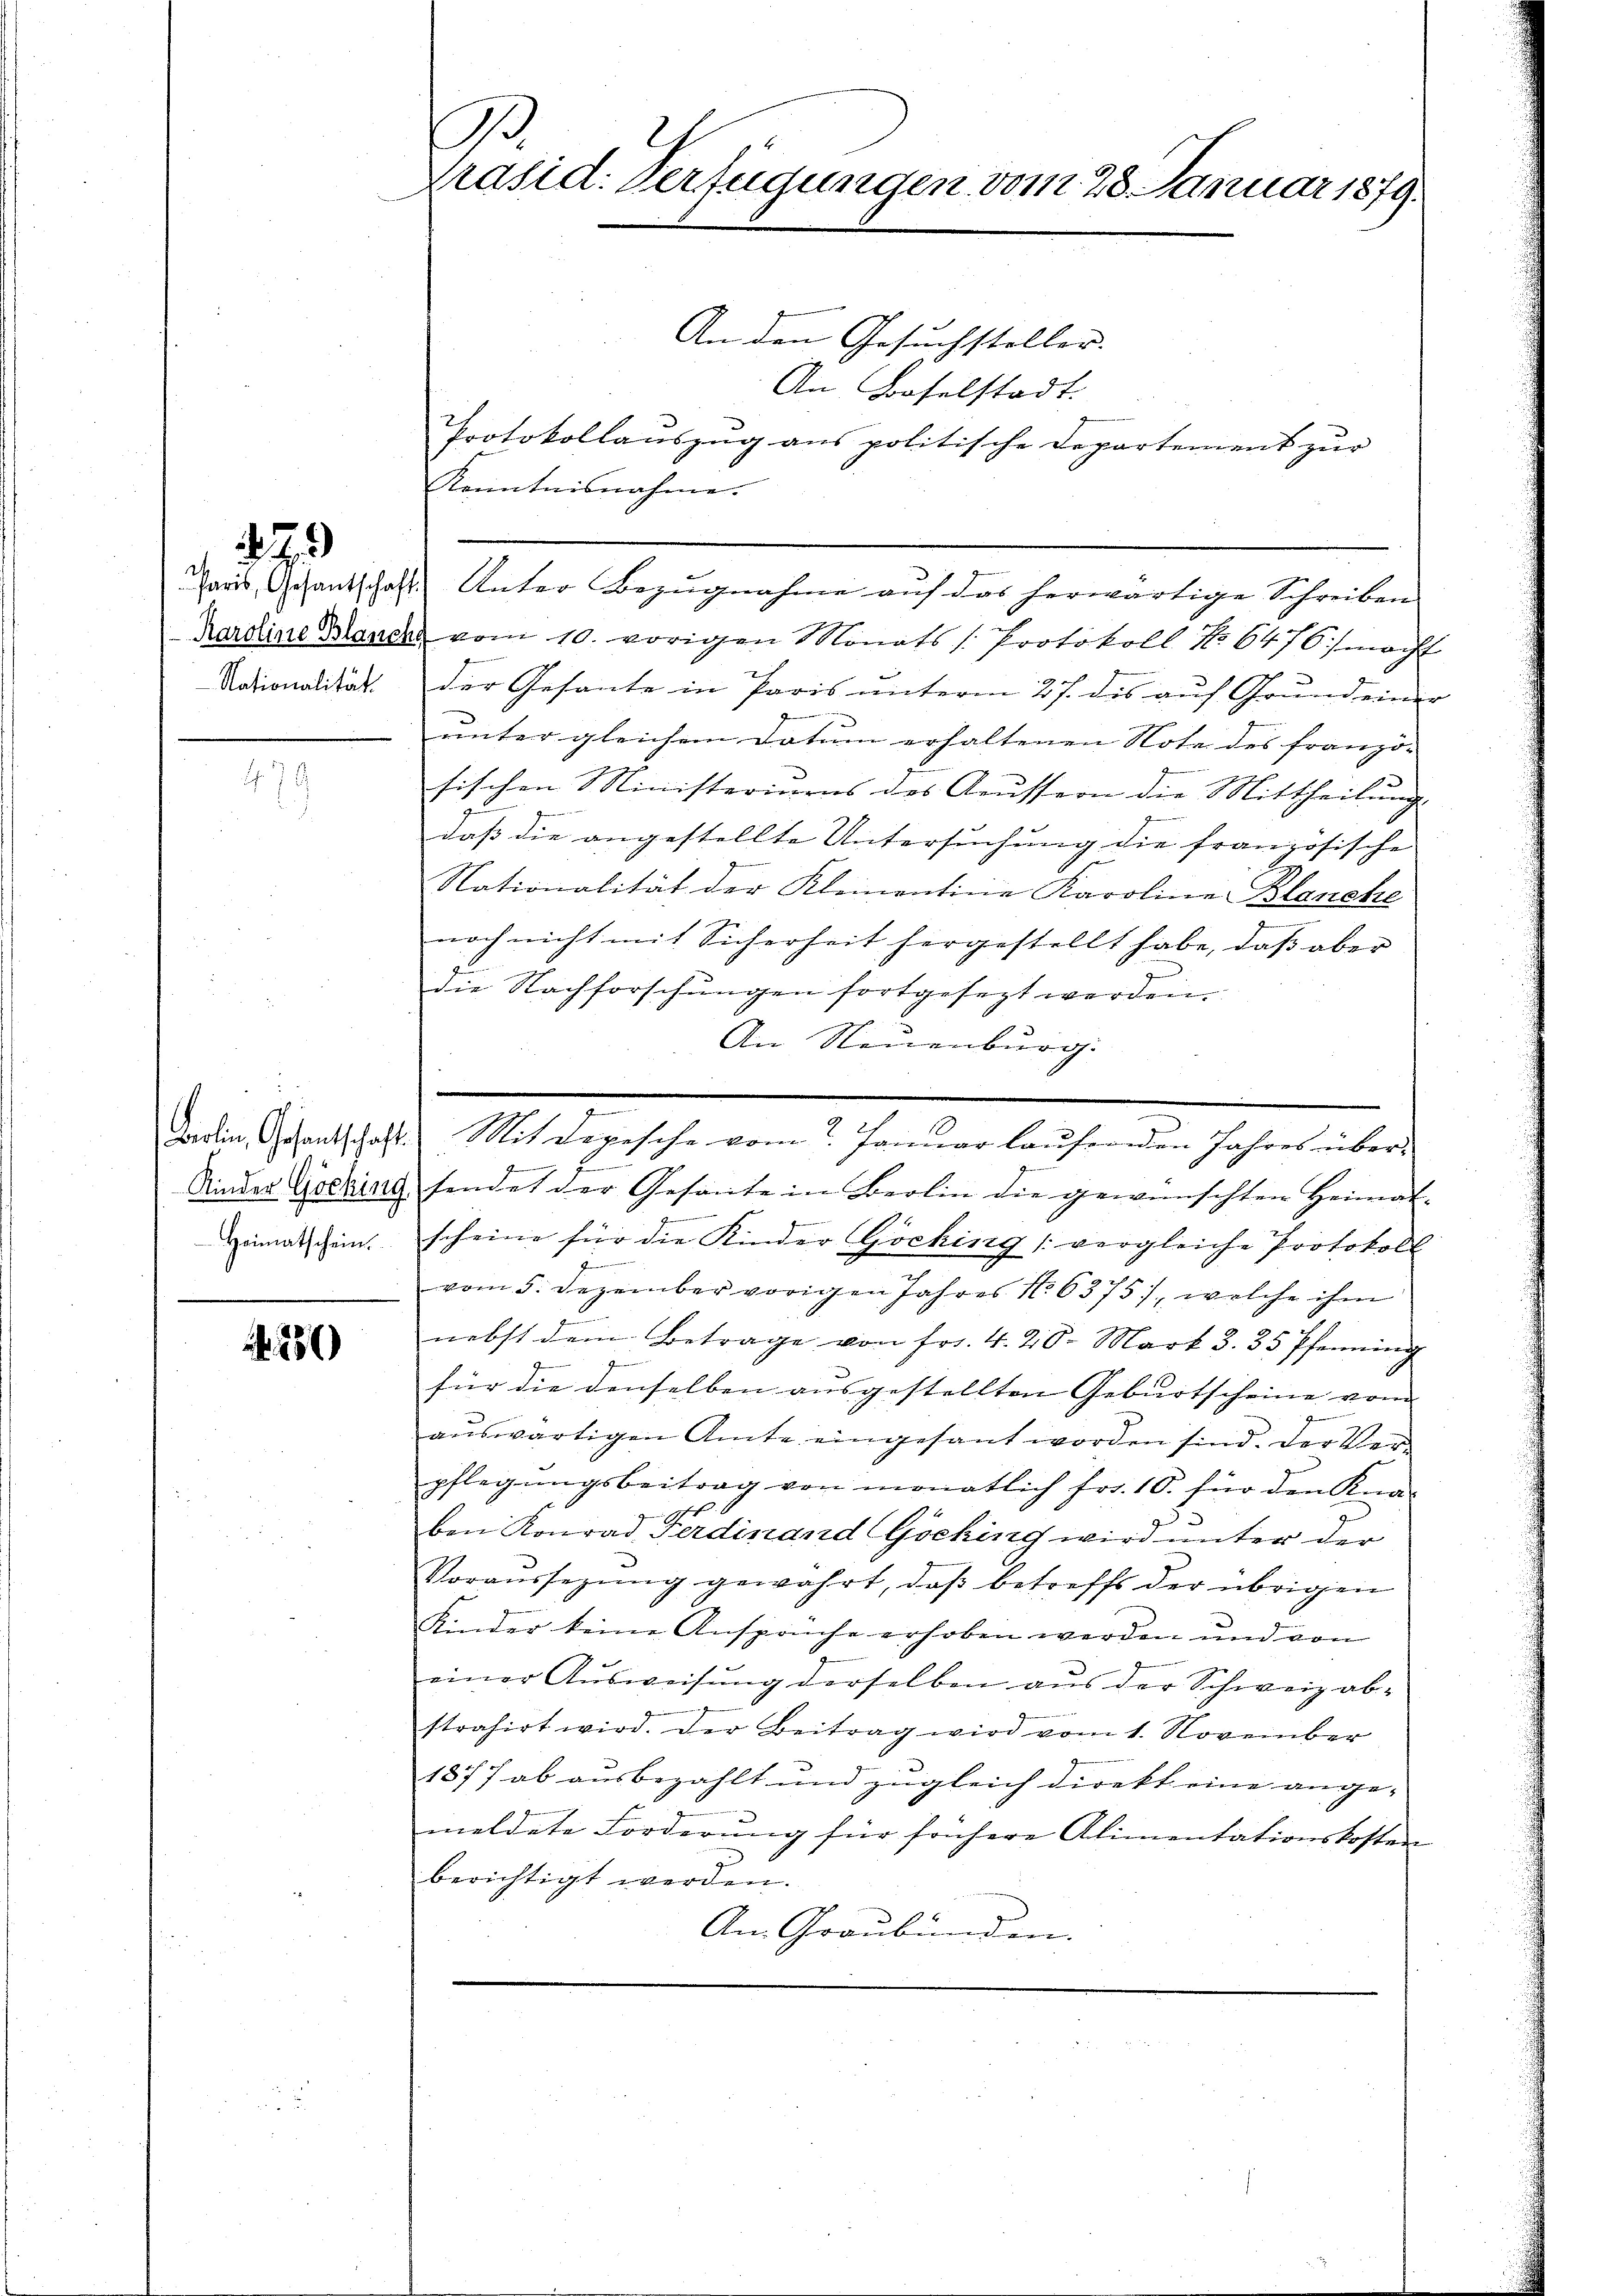
79

Berlin, Gesantschaft.
Kinder Göcking
Heimatschein.
n

250

.
Präsid. Verfügungen vom 28. Januar 1879.

An den Gesuchsteller.
An Baselstadt.
Kenntnisnahme.
Hards, Gesantschaft Unter Bezugnahme auf das herwärtige Schreiben
Kardine Mande vom 10. vorigen Monats /: Protokoll No 6476/ macht
Nationalität. Der Gesante in Paris unterm 27. des auf Grund einer
unter gleichem Datum erhaltenen Note des franzö-
sischen Ministerinens des Aeussern die Mittheilung
Rennern wer in
daß die angestellte Untersuchung die französische
Nationalität der Kleinentine Karoline Blanche
.
noch nicht mit Sicherheit hergestellt habe, daβ aber
die Nachforschungen fortgesezt werden.
An Neuenburg.
.
Mit Depesche vom Januar laufenden Jahres über-
s
sendet der Gesante in Berlin die gewünschten Heimat-
.
scheine für die Kinder Göching (vergleiche Protokoll
vom 5. Dezember vorigen Jahres N. 6375), welche ihm
nebst dem Betrage von fr. 4. 20. Mart. 3. 35 Pfenning
für die denselben ausgestellten Geburtscheine vom
aŭswärtigen Amte eingesant worden sind. Der Verpflegŭngsbeitrag von monatlich fr. 10. für den Kna-
5
ben Konrad Ferdinand Göcking wird unter der
Voraŭssezŭng gewahrt, daβ betreffs der übrigen
Kinder keine Ansprüche erhoben werden und von
einer Aŭsweisung derselben aus der Schweiz ab-
strahirt wird. Der Beitrag wird vom 1. November
1877 ab ausbezahlt und zugleich direkt eine ange-
meldete Forderung für sonsere Alimentationskosten
berichtigt werden.
An Graubünden.

Protokollauszug aus politische Departement zur